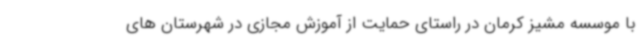
با موسسه مشیز کرمان در راستای حمایت از آموزش مجازی در شهرستان های